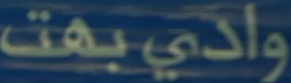
وادي بهت